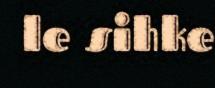
le sihke